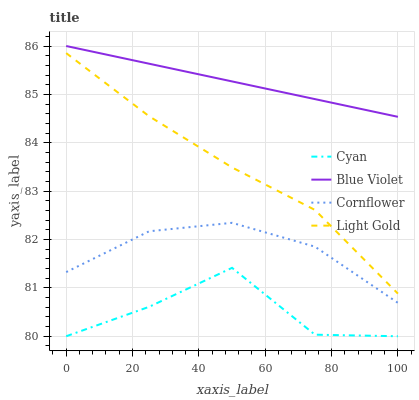
| xaxis_label | Cyan | Blue Violet | Cornflower | Light Gold |
 | --- | --- | --- | --- | --- |
 | 0 | 80 | 86 | 81.3 | 85.9 |
 | 25 | 80.6 | 85.6 | 82.2 | 84.5 |
 | 50 | 81.4 | 85.3 | 82.3 | 83.5 |
 | 75 | 80 | 84.9 | 81.9 | 82.6 |
 | 100 | 80 | 84.5 | 80.7 | 80.9 |